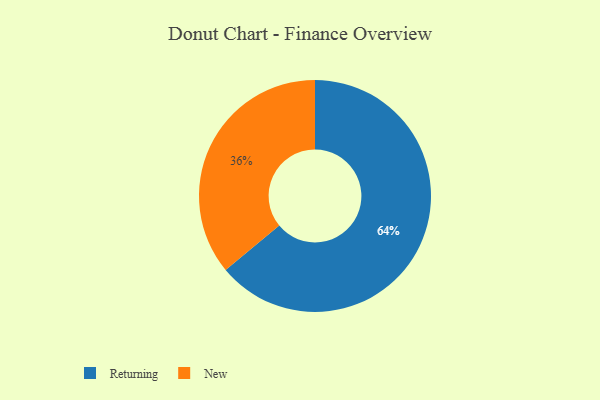
{"axis": {"x": "Category", "y": "Percentage"}, "legend": ["New", "Returning"], "data": [{"x": "Returning", "y": 64, "type": "Returning"}, {"x": "New", "y": 36, "type": "New"}]}